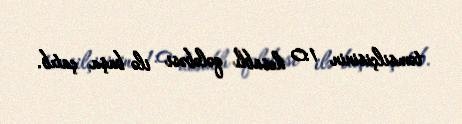
təmsilçisinin 1:0 hesablı qələbəsi ilə başa çatıb.